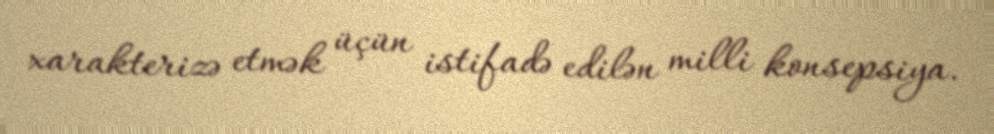
xarakterizə etmək üçün istifadə edilən milli konsepsiya.